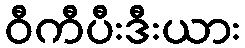
ဝီကီပီးဒီးယား